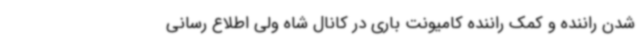
شدن راننده و کمک راننده کامیونت باری در کانال شاه ولی اطلاع رسانی